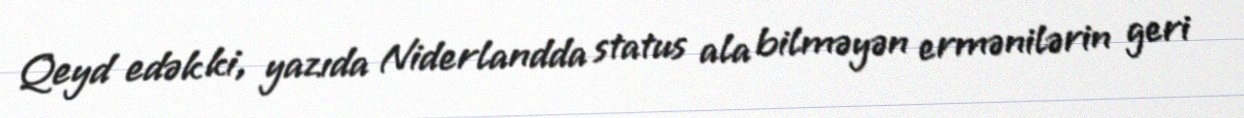
Qeyd edək ki, yazıda Niderlandda status ala bilməyən ermənilərin geri